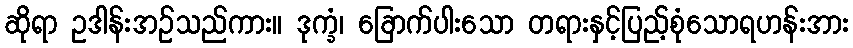
ဆိုရာ ဥဒါန်းအဉ်သည်ကား။ ဒုက္ခံ၊ ခြောက်ပါးသော တရားနှင့်ပြည့်စုံသောရဟန်းအား